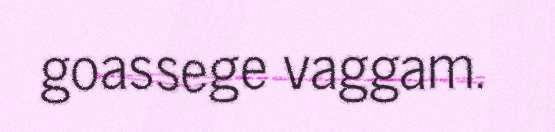
goassege vaggam.